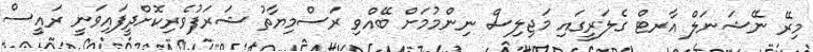
މިރޭ ނޭޝަނަލް އާރޓް ގެލަރީގައި މަޖިލިސް ނިންމުމަށް ބޭއްވި ރަސްމިޔާތު ޝަރަފުވެރިކޮށްދީފައިވަނީ ރައީސް